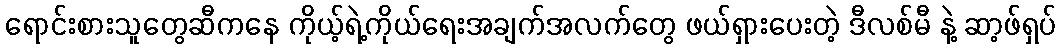
ရောင်းစားသူတွေဆီကနေ ကိုယ့်ရဲ့ကိုယ်ရေးအချက်အလက်တွေ ဖယ်ရှားပေးတဲ့ ဒီလစ်မီ နဲ့ ဆာ့ဖ်ရှပ်